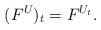
LaTeX: \begin{align*}(F^U)_t = F^{U_t}.\end{align*}